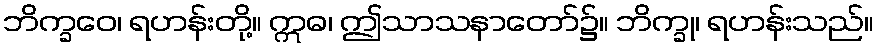
ဘိက္ခဝေ၊ ရဟန်းတို့။ ဣဓ၊ ဤသာသနာတော်၌။ ဘိက္ခု၊ ရဟန်းသည်။